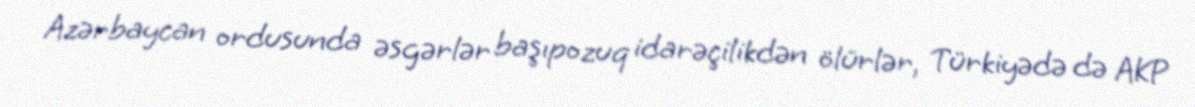
Azərbaycan ordusunda əsgərlər başıpozuq idarəçilikdən ölürlər, Türkiyədə də AKP